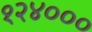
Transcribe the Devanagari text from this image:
१२४०००